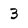
Character: 3